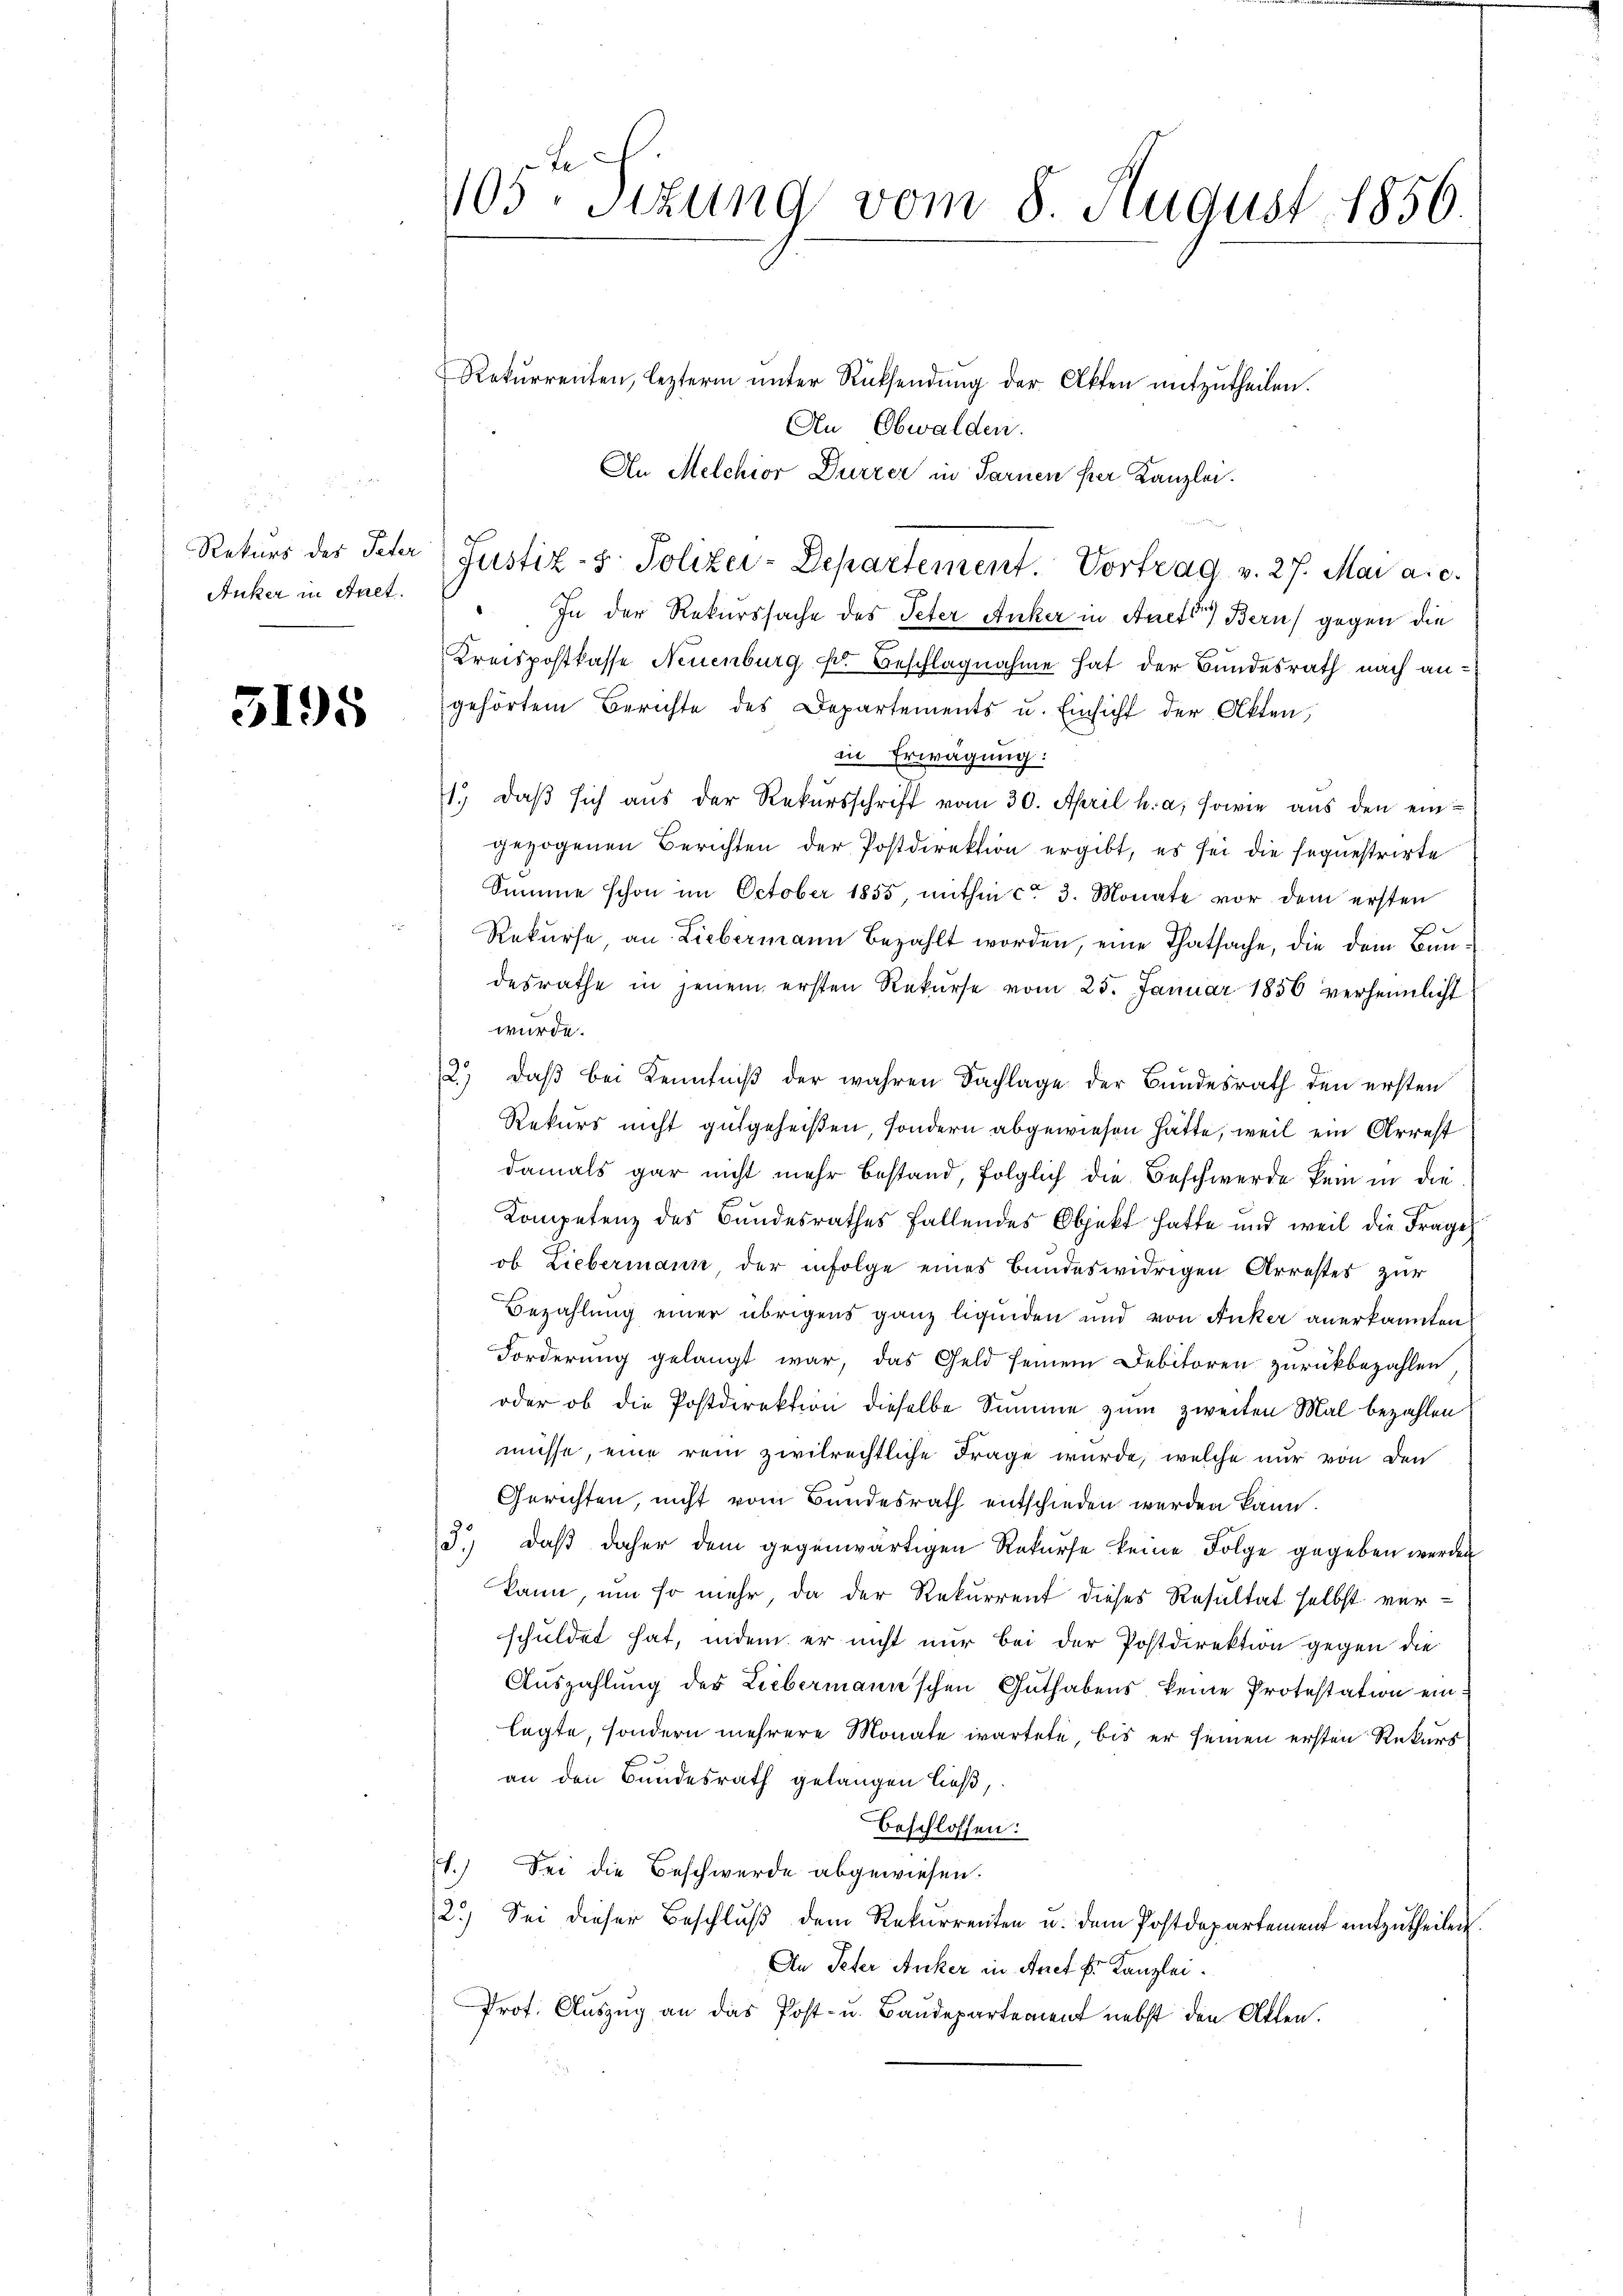
Rekurs des Peter
Auker in Anet.

3195

Le
105. Stzung vom 8. August 1856.

Rekurrenten, lezterm ŭnter Rücksendŭng der Akten mitzŭtheilen.
An Obwalden.
An Melchior Dürrer in Farnen per Kanzlei.
 In der Rekurssache des Peter Anker in Auctor Bern gegen die
Kreispostkasse Neuenburg Fr. Beschlagnahme hat der Bundesrath nach angehörtem Berichte des Departements u. Einsicht der Akten,
in Erwägung:
1.) Daß sich aus der Rekursschrift vom 30. April h. a, sowie aus den eingezogenen Berichten der Postdirektion ergibt, es sei die sequestrirte
Summe schon im October 1855, mithin ca 3. Monate vor dem ersten
Rekurse an Liebermann bezahlt worden, eine Thatsache, die dem Bundesrathe in jenem ersten Rekurse vom 25. Januar 1856 verheimlicht
wurde.
2.) daß bei Kenntniß der wahren Dachlage der Bundesrath den ersten
Rekurs nicht gutgeheißen, sondern abgewiesen hätte, weil ein Arrest
damals gar nicht mehr bestand, folglich die Beschwerde kein in die
Kompetenz des Bundesrathes fallendes Objekt hatte und weil die Frage
ob Liebermann der infolge eines bundeswidrigen Arrestes zur
Bezahlung einer übrigens ganz liquiden und von Anker anerkannten
Forderung gelangt war, das Geld seinem Debitoren zurückbezahlen
oder ob die Postdirektion dieselbe Summe zum zweiten Mal bezahlen
müsse, eine rein zivilrechtliche Frage wurde, welche nur von den
Gerichten, nicht vom Bundesrath entschieden werden kann.
J.) daß daher dem gegenwärtigen Rekurse keine Folge gegeben werden
kann, um so mehr, da der Rekurrent dieses Resultat selbst verschuldet hat, indem er nicht nur bei der Postdirektion gegen die
Auszahlung der Liebermann'schen Guthabens keine Protestation ein
legte, sondern mehrere Monate wartete, bis er seinen ersten Rekurs
an den Bundesrath gelangen ließ,
beschlossen:
1.) Sei die Beschwerde abgewiesen.
2.) Sei dieser Beschluß dem Rekurrenten u. dem Postdepartement mitzutheilen.
An Peter Anker in Anet fr. Kanzlei.
Prof. Auszug an das Post- u. Baudepartement nebst den Atten.

Justiz- u. Polizei-Departement. Vortrag v. 27. Mai a. c.